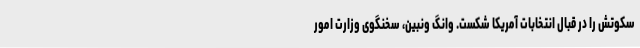
سکوتش را در قبال انتخابات آمریکا شکست. وانگ ونبین، سخنگوی وزارت امور